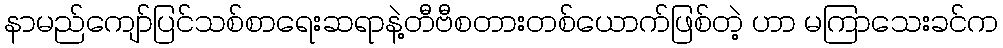
နာမည်ကျော်ပြင်သစ်စာရေးဆရာနဲ့တီဗီစတားတစ်ယောက်ဖြစ်တဲ့ ဟာ မကြာသေးခင်က